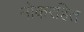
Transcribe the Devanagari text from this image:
नोकरहित